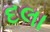
દલા